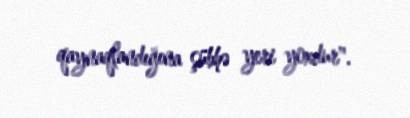
qaynaqlandığına şübhə yeri yoxdur".